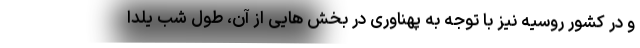
و در کشور روسیه نیز با توجه به پهناوری در بخش هایی از آن، طول شب یلدا